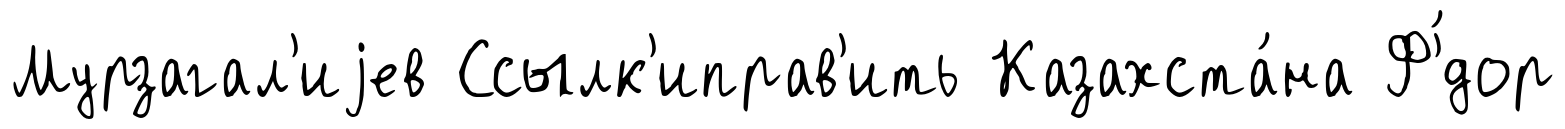
Мурзагал'иjев Ссылк'иправ'ить Казахста́на Ф'́дор